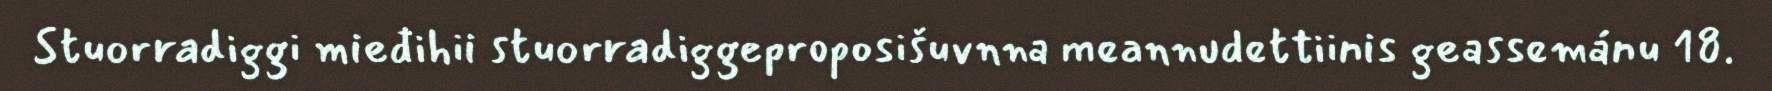
Stuorradiggi mieđihii stuorradiggeproposišuvnna meannudettiinis geassemánu 18.